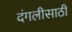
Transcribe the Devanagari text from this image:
दंगलीसाठी